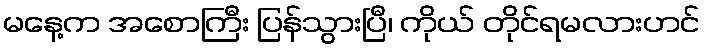
မနေ့က အစောကြီး ပြန်သွားပြီ၊ ကိုယ် တိုင်ရမလားဟင်